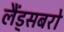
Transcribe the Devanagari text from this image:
लैंड्सबरो